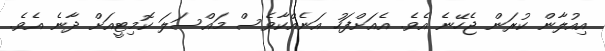
އިއުލާން ކުރަން ޖެހޭނެ އެވެ. އެއަށްފަހު އަނެއްކާވެސް މައްސަލަ ކޮމިޓީއަށް ދާނެ އެވެ.